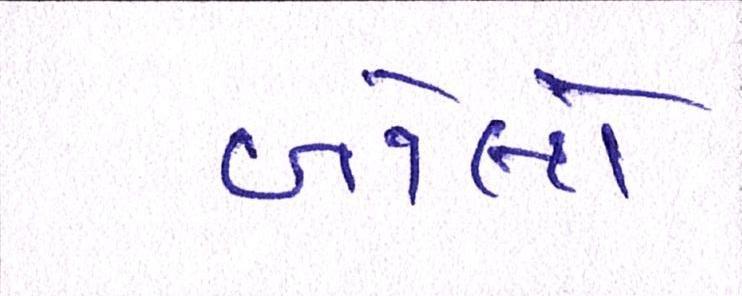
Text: બોલો